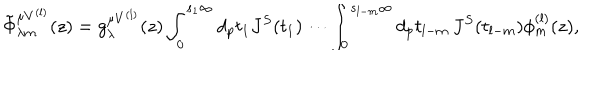
LaTeX: \tilde { \Phi } _ { \lambda m } ^ { \mu V ^ { ( l ) } } ( z ) = g _ { \lambda } ^ { \mu V ^ { ( l ) } } ( z ) \int _ { 0 } ^ { s _ { 1 } \infty } d _ { p } t _ { 1 } J ^ { S } ( t _ { 1 } ) \cdots \int _ { 0 } ^ { s _ { l - m } \infty } d _ { p } t _ { l - m } \, J ^ { S } ( t _ { l - m } ) \phi _ { m } ^ { ( l ) } ( z ) ,